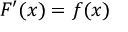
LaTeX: F ^ { \prime } ( x ) = f ( x )